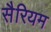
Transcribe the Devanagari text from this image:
सैरियम